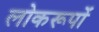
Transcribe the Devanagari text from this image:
लोकरूपों